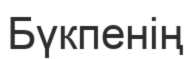
Бүкпенің